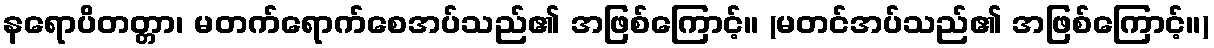
နရောပိတတ္တာ၊ မတက်ရောက်စေအပ်သည်၏ အဖြစ်ကြောင့်။ (မတင်အပ်သည်၏ အဖြစ်ကြောင့်။)